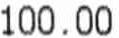
100.00